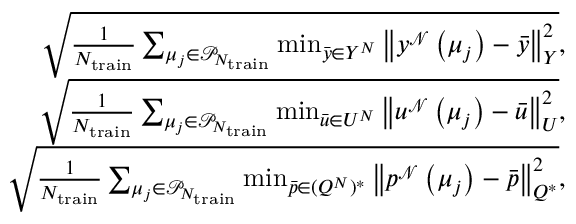
\begin{array} { r } { \sqrt { \frac { 1 } { N _ { \mathrm { t r a i n } } } \sum _ { \boldsymbol { \mu } _ { j } \in \mathcal { P } _ { N _ { \mathrm { t r a i n } } } } \operatorname* { m i n } _ { \bar { y } \in { Y } ^ { N } } \left\| y ^ { \mathcal { N } } \left( \boldsymbol { \mu } _ { j } \right) - \bar { y } \right\| _ { Y } ^ { 2 } } , } \\ { \sqrt { \frac { 1 } { N _ { \mathrm { t r a i n } } } \sum _ { \boldsymbol { \mu } _ { j } \in \mathcal { P } _ { N _ { \mathrm { t r a i n } } } } \operatorname* { m i n } _ { \bar { u } \in { U } ^ { N } } \left\| u ^ { \mathcal { N } } \left( \boldsymbol { \mu } _ { j } \right) - \bar { u } \right\| _ { U } ^ { 2 } } , } \\ { \sqrt { \frac { 1 } { N _ { \mathrm { t r a i n } } } \sum _ { \boldsymbol { \mu } _ { j } \in \mathcal { P } _ { N _ { \mathrm { t r a i n } } } } \operatorname* { m i n } _ { \bar { p } \in ( Q ^ { N } ) ^ { * } } \left\| p ^ { \mathcal { N } } \left( \boldsymbol { \mu } _ { j } \right) - \bar { p } \right\| _ { Q ^ { * } } ^ { 2 } } , } \end{array}